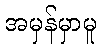
အမှန်မှာမူ